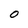
Character: O